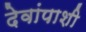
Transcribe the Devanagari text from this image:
देवांपाशी